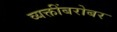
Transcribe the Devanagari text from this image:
व्यक्तींबरोबर